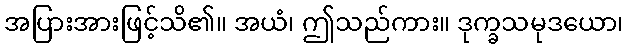
အပြားအားဖြင့်သိ၏။ အယံ၊ ဤသည်ကား။ ဒုက္ခသမုဒယော၊